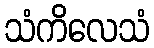
သံကိလေသံ